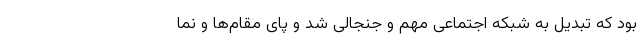
بود که تبدیل به شبکه‌ اجتماعی مهم و جنجالی شد و پای مقام‌ها و نما